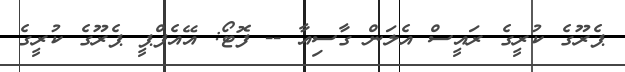
ޕެރޫގެ ކުރީގެ ރައީސް އެލަން ގާސިއާ -- ފޮޓޯ: އޭއެފްޕީ ޕެރޫގެ ކުރީގެ